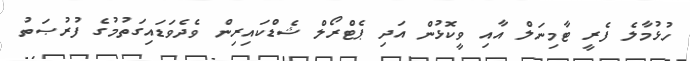
ހުޅުމާލެ ފެރީ ޓާމިނަލް އާއި ވީކޮޅުން އަދި ޕެޓްރޯލް ޝެޑްކައިރިން ވެދެވަޑައިގަތުމުގެ ފުރުޞަތު